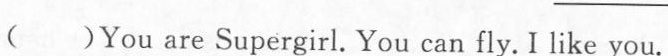
( )You are Supergirl. You can fly. I like you.